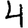
Digit: 4